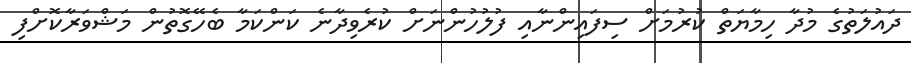
ދައުލަތުގެ މުދާ ހިމާޔަތް ކުރުމަށް ސިފައިންނާއި ފުލުހުންނަށް ކުރެވިދާނެ ކަންކަމާ ބެހޭގޮތުން މަޝްވަރާކޮށްފި